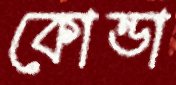
কোন্ডা